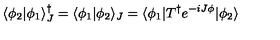
\langle \phi _ { 2 } | \phi _ { 1 } \rangle _ { J } ^ { \dagger } = \langle \phi _ { 1 } | \phi _ { 2 } \rangle _ { J } = \langle \phi _ { 1 } | T ^ { \dagger } e ^ { - i J \phi } | \phi _ { 2 } \rangle